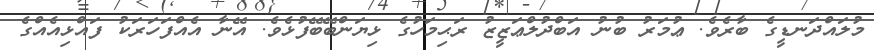
މުލައްދަނޑީގެ ބާރެވެ. ޢުމަރު ބުނު އަބްދުލްޢަޒީޒު ރަޙިމަހުގެ ޅިޔަންބޭބޭފުޅެވެ. އޭނާ އެއްފަހަރަކު ފައްޅިއެއްގެ